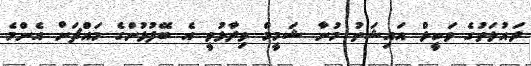
ދައުލަތުގެ ވަކީލް އައިޝަތު މުނާ ޝަމީމް ވިދާޅުވީ އެ ބޭފުޅުންގެ މައްޗަށް އެންމެ